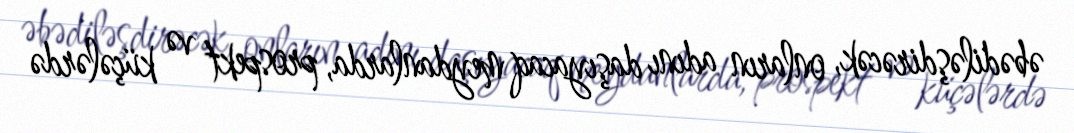
əbədiləşdirəcək, onların adını daşıyacaq meydanlarda, prospekt və küçələrdə